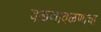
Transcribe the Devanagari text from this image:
वळणावळणाचा